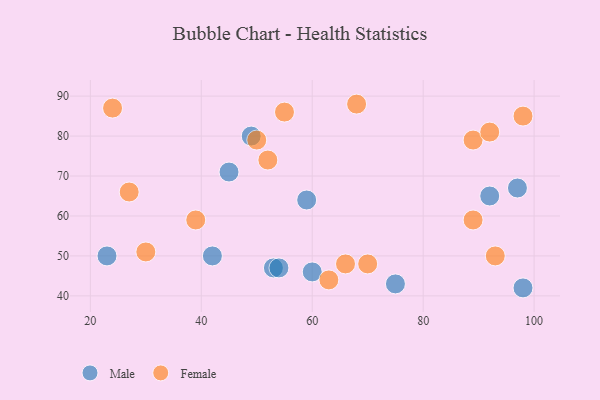
{"axis": {"x": "GDP", "y": "Life Expectancy"}, "legend": ["Female", "Male"], "data": [{"x": "42", "y": 50, "type": "Male"}, {"x": "59", "y": 64, "type": "Male"}, {"x": "92", "y": 65, "type": "Male"}, {"x": "60", "y": 46, "type": "Male"}, {"x": "23", "y": 50, "type": "Male"}, {"x": "45", "y": 71, "type": "Male"}, {"x": "53", "y": 47, "type": "Male"}, {"x": "98", "y": 42, "type": "Male"}, {"x": "75", "y": 43, "type": "Male"}, {"x": "97", "y": 67, "type": "Male"}, {"x": "49", "y": 80, "type": "Male"}, {"x": "54", "y": 47, "type": "Male"}, {"x": "24", "y": 87, "type": "Female"}, {"x": "30", "y": 51, "type": "Female"}, {"x": "27", "y": 66, "type": "Female"}, {"x": "93", "y": 50, "type": "Female"}, {"x": "39", "y": 59, "type": "Female"}, {"x": "98", "y": 85, "type": "Female"}, {"x": "89", "y": 59, "type": "Female"}, {"x": "55", "y": 86, "type": "Female"}, {"x": "52", "y": 74, "type": "Female"}, {"x": "66", "y": 48, "type": "Female"}, {"x": "89", "y": 79, "type": "Female"}, {"x": "50", "y": 79, "type": "Female"}, {"x": "70", "y": 48, "type": "Female"}, {"x": "68", "y": 88, "type": "Female"}, {"x": "63", "y": 44, "type": "Female"}, {"x": "92", "y": 81, "type": "Female"}]}